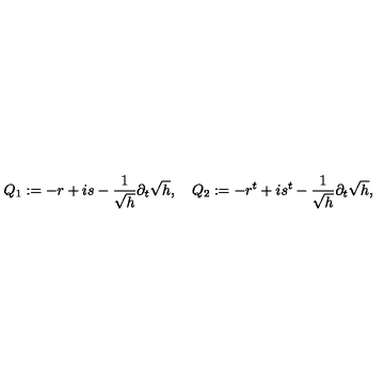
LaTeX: Q _ { 1 } : = - r + i s - \frac { 1 } { \sqrt { h } } \partial _ { t } \sqrt { h } , \quad Q _ { 2 } : = - r ^ { t } + i s ^ { t } - \frac { 1 } { \sqrt { h } } \partial _ { t } \sqrt { h } ,